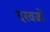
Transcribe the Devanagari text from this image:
दरवजों